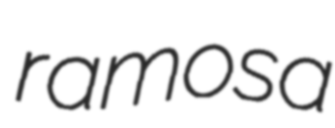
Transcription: ramosa